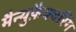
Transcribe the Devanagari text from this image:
मैन्युफ़ैक्चरिंग